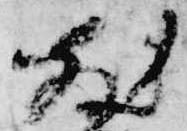
散